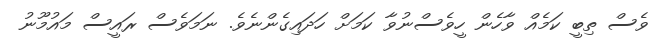
ވެސް ތިބީ ކަމެއް ވާހެން ހީވެސްނުވާ ކަމަށް ހަދައިގެންނެވެ. ނަމަވެސް ރައީސް މައުމޫނު